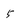
Character: 5